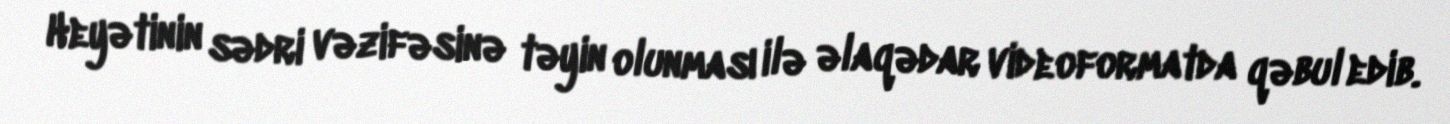
Heyətinin sədri vəzifəsinə təyin olunması ilə əlaqədar videoformatda qəbul edib.